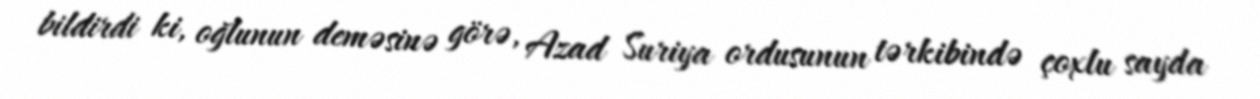
bildirdi ki, oğlunun deməsinə görə, Azad Suriya ordusunun tərkibində çoxlu sayda